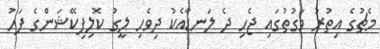
މެޗުގެ އިތުރު ވަގުތުގައި ޖެހި ދެ ލަނޑާއެކު ދިވެހި ލީގު ކޮލިފިކޭޝަންގެ ފަހު